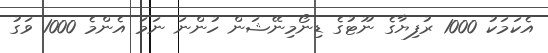
އެކަމަކު 1000 ރުފިޔާގެ ނޫޓުގެ ޑިނޯމިނޭޝަން ހުންނަ ނަމަ އެންމެ 1000 ވަގު